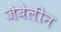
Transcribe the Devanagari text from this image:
जैबेलीन